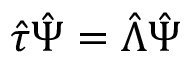
\hat { \tau } \hat { \Psi } = \hat { \Lambda } \hat { \Psi }